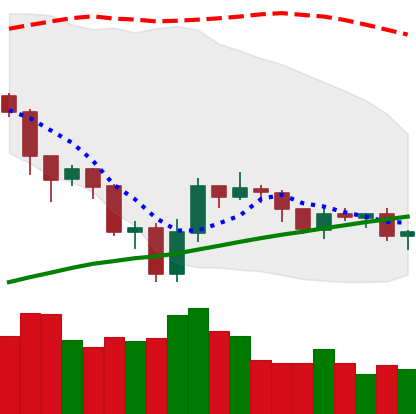
Ticker: LTC-USD
Chart end date: 2019-07-28
Forward return: 5.761%
Label: up_5_7